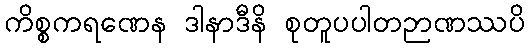
ကိစ္စကရဏေန ဒါနာဒီနိ စုတူပပါတဉာဏဿပိ